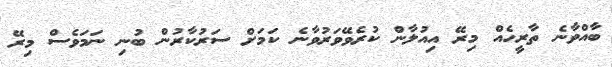
ބާއްވާނެ ތާރީހެއް މިރޭ އިއުލާން ކުރެވޭވަރުވާނެ ކަމަށް ސަރުކާރުން ބުނި ނަމަވެސް މިރޭ